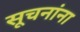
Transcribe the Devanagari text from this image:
सूचनांना